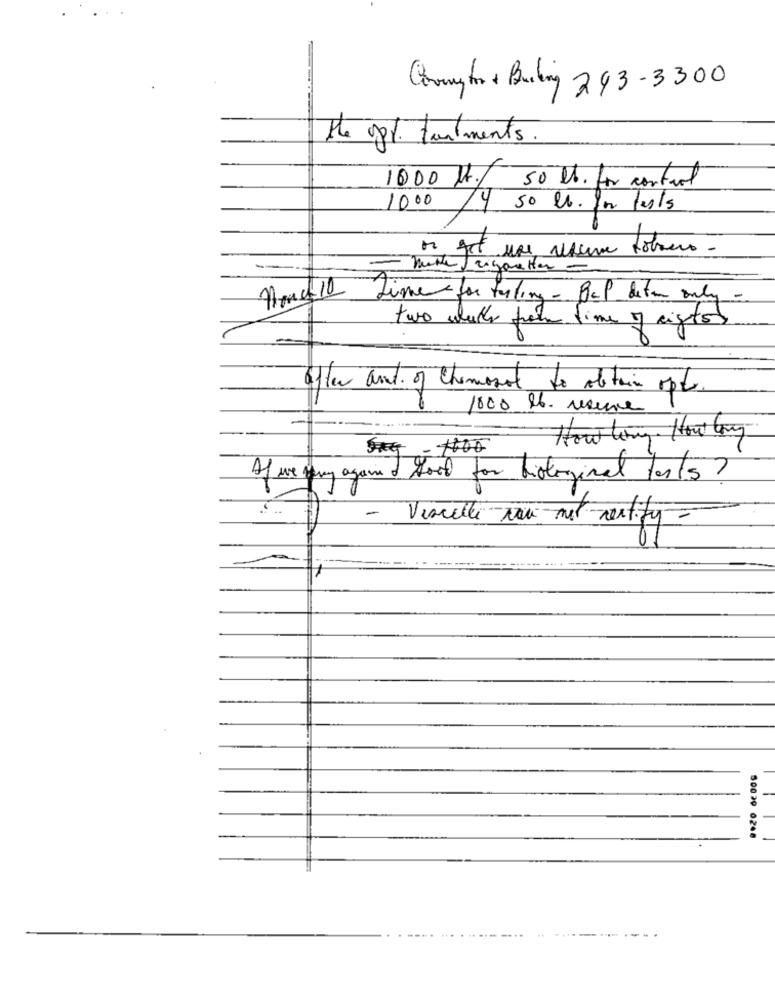
Coryto + Building 293-3300
the app. tutments.
1000 Hr. 50 lb. for control
1000/4 50 lb. In tesis
or not use resume tobanco
nuthe cigaretter
Arndt 10
time for testing - Bcp deter only.
two walks frame time of rights
after and of chemonot to obtain opte.
1000 lb. uaune
How long. How long
Af we jemy again & food for biological tests ?
- Visuelle nou nel nextity -
50029 0248